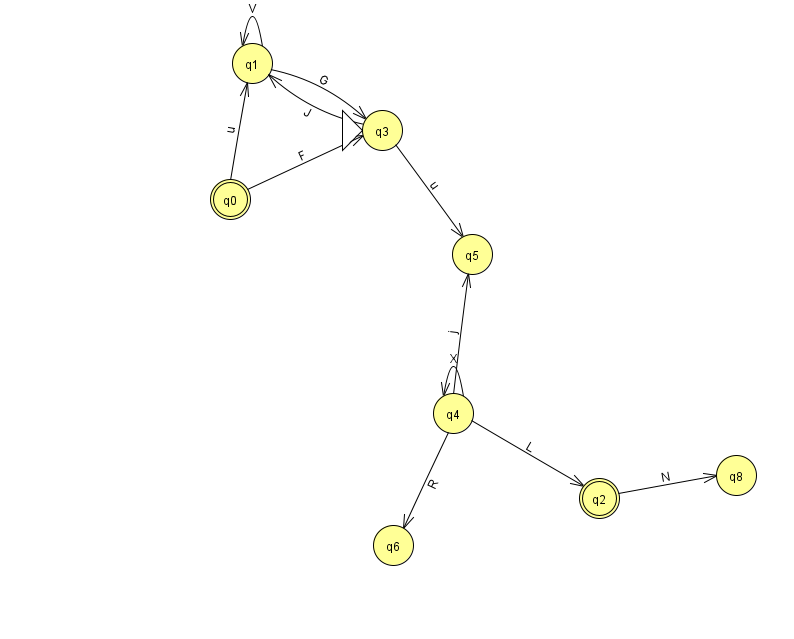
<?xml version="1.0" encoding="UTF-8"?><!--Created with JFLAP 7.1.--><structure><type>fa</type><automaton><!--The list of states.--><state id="0" name="q0"><x>230.0</x><y>186.0</y><final/></state><state id="1" name="q1"><x>252.0</x><y>50.0</y></state><state id="2" name="q2"><x>599.0</x><y>485.0</y><final/></state><state id="3" name="q3"><x>382.0</x><y>117.0</y><initial/></state><state id="4" name="q4"><x>453.0</x><y>400.0</y></state><state id="5" name="q5"><x>472.0</x><y>241.0</y></state><state id="6" name="q6"><x>393.0</x><y>532.0</y></state><state id="8" name="q8"><x>736.0</x><y>462.0</y></state><!--The list of transitions.--><transition><from>1</from><to>3</to><read>G</read></transition><transition><from>2</from><to>8</to><read>N</read></transition><transition><from>4</from><to>5</to><read>j</read></transition><transition><from>1</from><to>1</to><read>V</read></transition><transition><from>4</from><to>2</to><read>L</read></transition><transition><from>4</from><to>4</to><read>X</read></transition><transition><from>0</from><to>1</to><read>u</read></transition><transition><from>0</from><to>3</to><read>F</read></transition><transition><from>3</from><to>1</to><read>J</read></transition><transition><from>3</from><to>5</to><read>u</read></transition><transition><from>4</from><to>6</to><read>R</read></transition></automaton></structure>